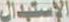
الإستبدال